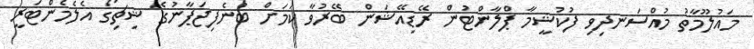
މައުލޫމާތު މުއްސަނދިވި ފުކުޝީމާ ޕްލާންޓުން ރޭޑިއޭޝަން ބޭރުވާ ކަމަށް ބުނެފިޖަޕާނުގެ ޝިޗިގޯ އެލެމެންޓަރީ